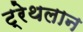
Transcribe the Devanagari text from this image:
ट्रेथलान